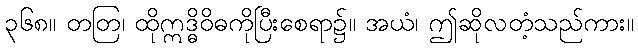
၃၆၈။ တတြ၊ ထိုဣဒ္ဓိဝိဓကိုပြီးစေရာ၌။ အယံ၊ ဤဆိုလတံ့သည်ကား။